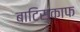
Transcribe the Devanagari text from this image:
बाटिस्काफ